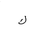
Letter: _kaf